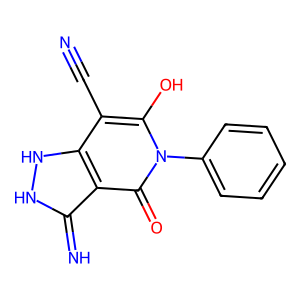
SMILES: N#Cc1c(O)n(-c2ccccc2)c(=O)c2c(=N)[nH][nH]c12
Inhibits HIV replication: No